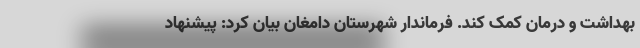
بهداشت و درمان کمک کند. فرماندار شهرستان دامغان بیان کرد: پیشنهاد